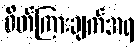
ဖိတ်ကြားချက်အရ